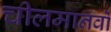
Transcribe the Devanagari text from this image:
चीलमानवों